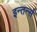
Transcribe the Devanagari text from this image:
इन्तर्न्स